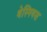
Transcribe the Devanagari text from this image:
थेस्पियस